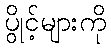
ပွိုင့်များကို